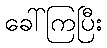
ခေါ်ကြပြီး